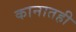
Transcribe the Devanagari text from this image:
कानातही